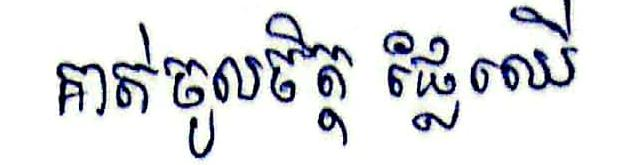
គាត់ចូលចិត្ត ផ្លែឈើ